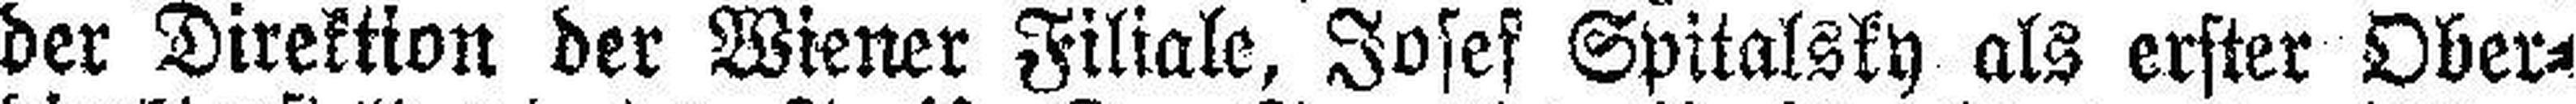
der Direktion der Wiener Filiale, Josef Spitalsky als erster Ober¬